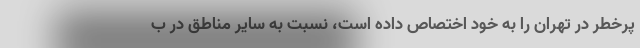
پرخطر در تهران را به خود اختصاص داده است، نسبت به سایر مناطق در ب